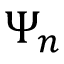
\Psi _ { n }